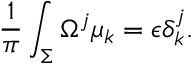
{ \frac { 1 } { \pi } } \int _ { \Sigma } \Omega ^ { j } \mu _ { k } = \epsilon \delta _ { k } ^ { j } .